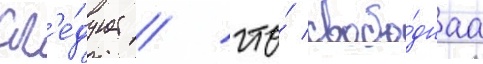
сл'е́дует / что́ свобо́днаа